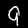
Digit: 9